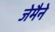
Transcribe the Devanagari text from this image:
जेमैने